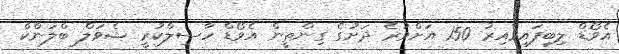
އެވޯޑް ލިބިފައިވާއިރު 150 އަށްވުރެ ދަށުގެ ގިންތީން އެވޯޑް ހާސިލްކުރީ ޝެވަލް ބްލަންކް